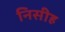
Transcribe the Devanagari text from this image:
निसीह